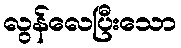
လွန်လေပြီးသော